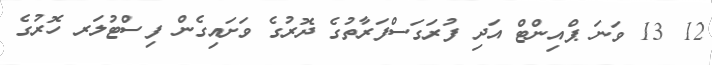
12 13 ވަނަ ޕްއިންޓް އަދި ފުރަގަސްފަރާތުގެ ދޮރުގެ ވަށައިގެން ފިސްޓުލަރ ހޮރުގެ